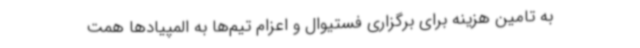
به تامین هزینه برای برگزاری فستیوال و اعزام تیم‌ها به المپیادها همت